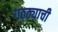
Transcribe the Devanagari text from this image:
गठ्ठ्याची